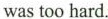
was too hard.